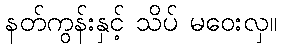
နတ်ကွန်းနှင့် သိပ် မဝေးလှ။